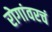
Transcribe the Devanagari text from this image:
रोगांवरचं